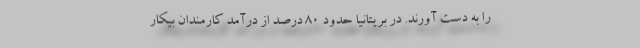
را به دست آورند. در بریتانیا حدود 80 درصد از درآمد کارمندان بیکار